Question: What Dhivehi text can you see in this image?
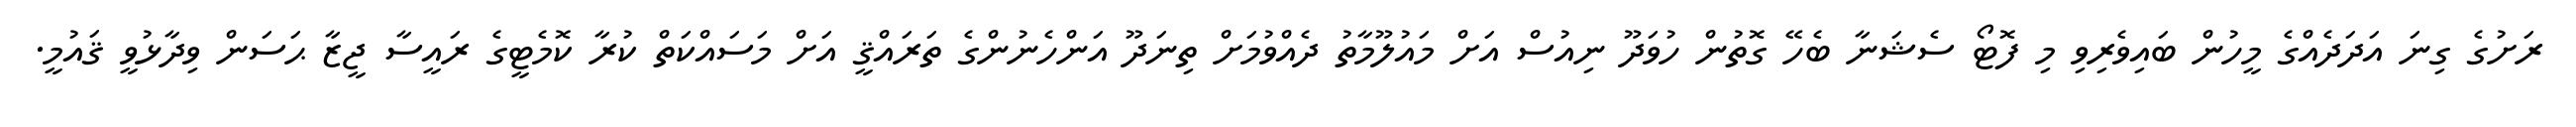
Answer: ރަށުގެ ގިނަ އަދަދެއްގެ މީހުން ބައިވެރިވި މި ފޮޓޯ ސެޝަނާ ބެހޭ ގޮތުން ހުވަދޫ ނިއުސް އަށް މައުލޫމާތު ދެއްވުމަށް ތިނަދޫ އަންހެނުންގެ ތަރައްޤީ އަށް މަސައްކަތް ކުރާ ކޮމެޓީގެ ރައީސާ ޖީޒާ ޙަސަން ވިދާޅުވީ ޤައުމީ.